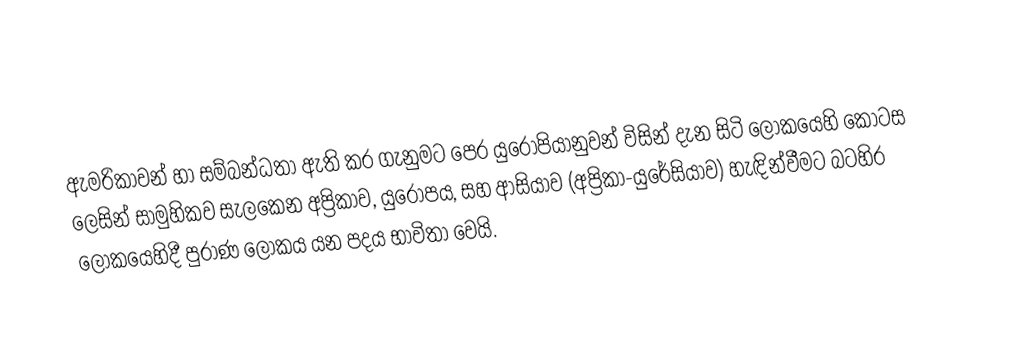
ඇමරිකාවන් හා සම්බන්ධතා ඇති කර ගැනුමට පෙර යුරෝපියානුවන් විසින් දැන සිටි ලෝකයෙහි කොටස ලෙසින් සාමුහිකව සැලකෙන  අප්‍රිකාව, යුරෝපය, සහ ආසියාව (අප්‍රිකා-යුරේසියාව) හැඳින්වීමට බටහිර ලෝකයෙහිදී පුරාණ ලෝකය යන පදය භාවිතා වෙයි.